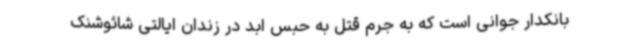
بانکدار جوانی است که به جرم قتل به حبس ابد در زندان ایالتی شائوشنک